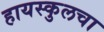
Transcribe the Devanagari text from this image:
हायस्‍कुलचा